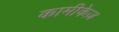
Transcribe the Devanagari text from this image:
कामीकेज़